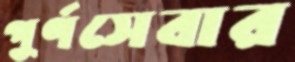
পূর্ণসেবার